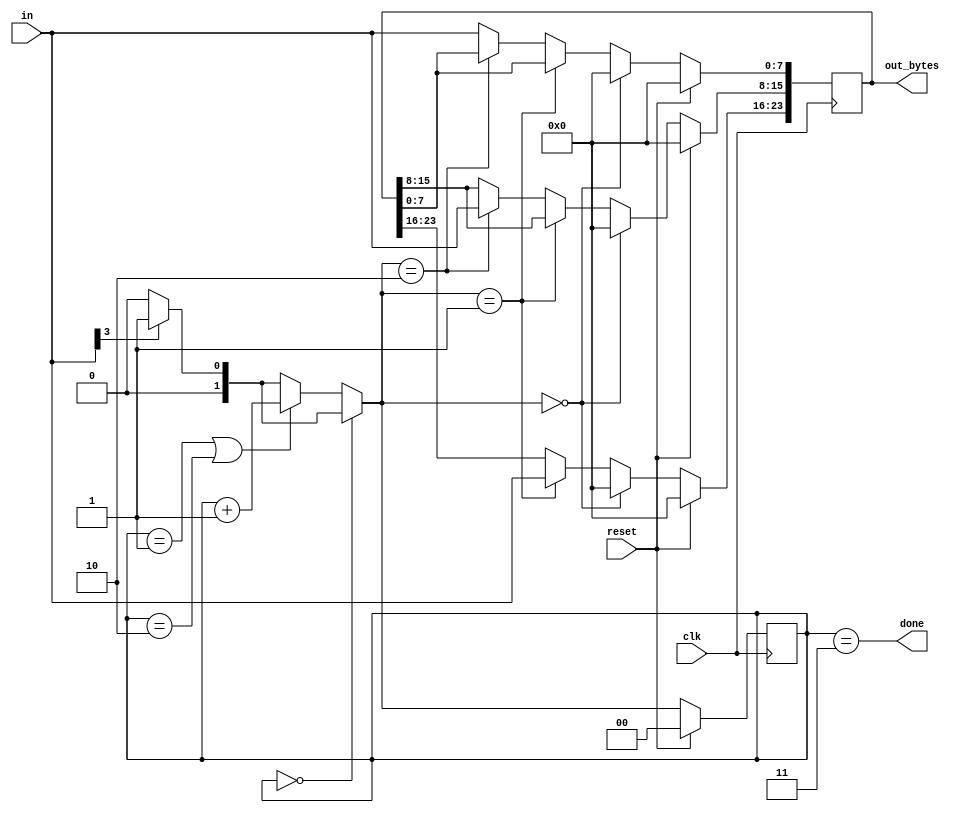
module top_module(
    input clk,
    input [7:0] in,
    input reset,    // Synchronous reset
    output [23:0] out_bytes,
    output done); //

    parameter ERROR = 2'b0, ONE = 2'b1, TWO = 2'b10, THREE = 2'b11;
    reg [1:0] cs, ns;
    wire bit3;
    assign bit3 = in[3];
    // State transition logic (combinational)
    always @(*) begin
      if (cs == ERROR)
        ns = bit3 ? ONE : ERROR;
      else if (cs == ONE || cs == TWO)
        ns = cs + 1;
      else
        ns = bit3 ? ONE : ERROR;
    end

    // State flip-flops (sequential)
    always @(posedge clk) begin
      if (reset) begin
        cs <= ERROR;
        out_bytes <= 0;
      end
      else begin
        cs <= ns;
        if (ns == ERROR)
          out_bytes <= 0;
        else if (ns == ONE)
          out_bytes[23:16] <= in;
        else if (ns == TWO)
          out_bytes[15:8] <= in;
        else
          out_bytes[7:0] <= in;
      end
    end
 
    // Output logic
    assign done = cs == THREE;
endmodule